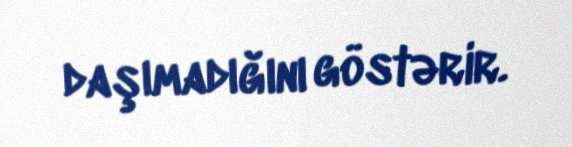
daşımadığını göstərir.